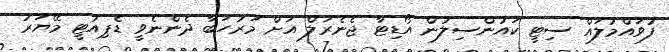
ފުވައްމުލައް ސިޓީ ކައުންސިލުން އޯޑިޓާ ޖެނެރަލް އަށް މަރުހަބާ ދެންނެވީ ޑެޕިއުޓީ މޭޔަރު